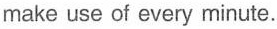
make use of every minute.